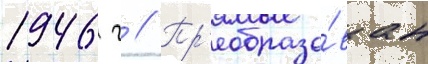
1946 г // Пр'еобразо́ван